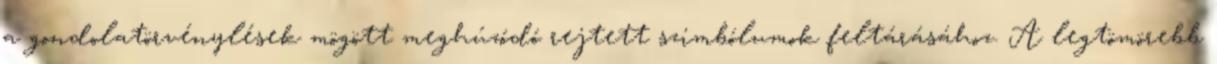
a gondolatörvénylések mögött meghúzódó rejtett szimbólumok feltárásához. A legtömörebb